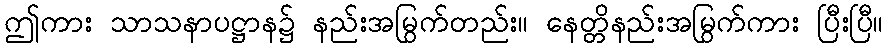
ဤကား သာသနာပဋ္ဌာန၌ နည်းအမြွက်တည်း။ နေတ္တိနည်းအမြွက်ကား ပြီးပြီ။